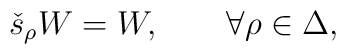
\check{s}_{\rho}W=W,\qquad \forall\rho\in\Delta,